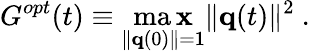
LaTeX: G^{opt}(t)\equiv\operatorname*{ma\mathbf{x}}_{\| {\mathbf{q}}(0)\| =1}\| {\mathbf{q}}(t)\| ^{2}\mathrm{{~.~}}